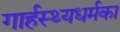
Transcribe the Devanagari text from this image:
गार्हस्थ्यधर्मका